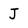
Character: J